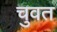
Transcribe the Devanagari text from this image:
चुवत